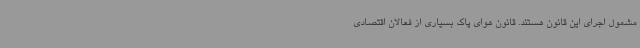
مشمول اجرای این قانون هستند. قانون هوای پاک بسیاری از فعالان اقتصادی